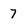
Character: 7